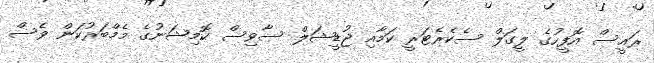
ރައީސް އޮފީހުގެ ލީގަލް ސެކެރެޓަރީ ކަމާއި ޖުޑީޝަލް ސާވިސް ކޮމިޝަނުގެ މެމްބަރުކަން ވެސް